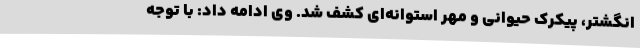
انگشتر، پیکرک حیوانی و مهر استوانه‌ای کشف شد. وی ادامه داد: با توجه